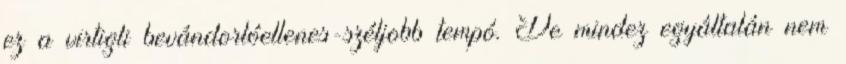
ez a virtigli bevándorlóellenes-széljobb tempó. De mindez egyáltalán nem